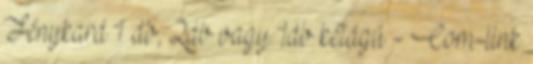
Fénykard 1 db, 2db vagy 1db kétágú - Com-link